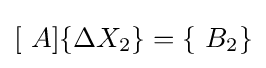
[\ A]\{\Delta X_{2}\}=\{\ B_{2}\}